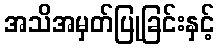
အသိအမှတ်ပြုခြင်းနှင့်